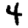
Digit: 4